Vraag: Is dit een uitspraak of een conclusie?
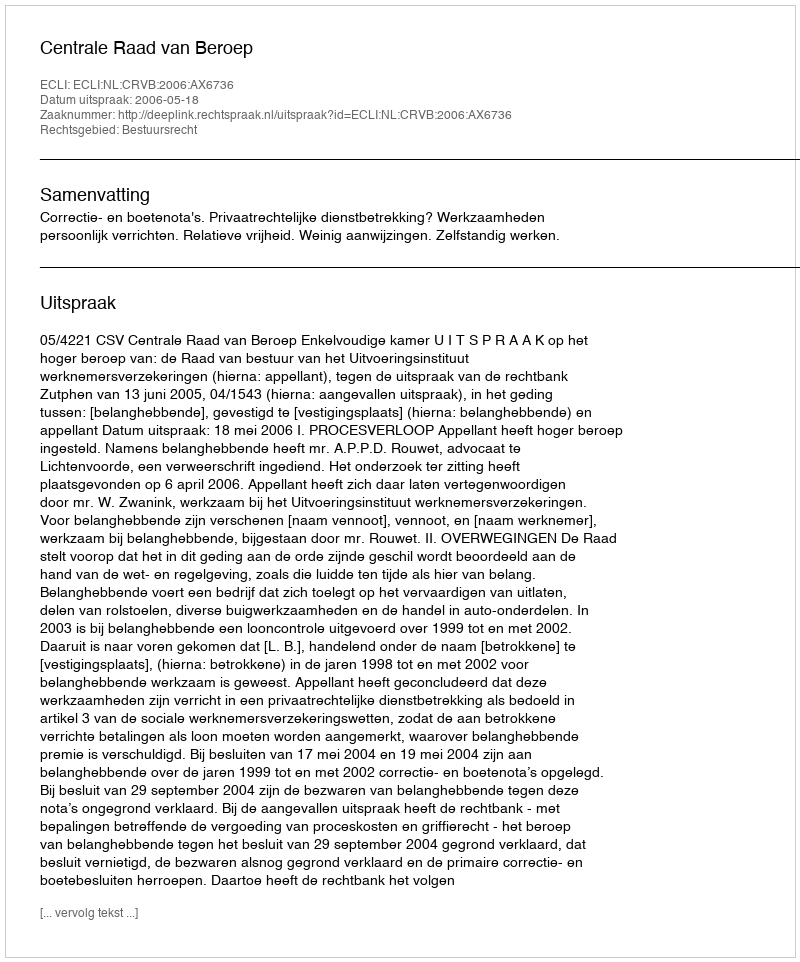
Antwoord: Uitspraak